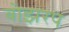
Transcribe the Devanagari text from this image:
बोझरप